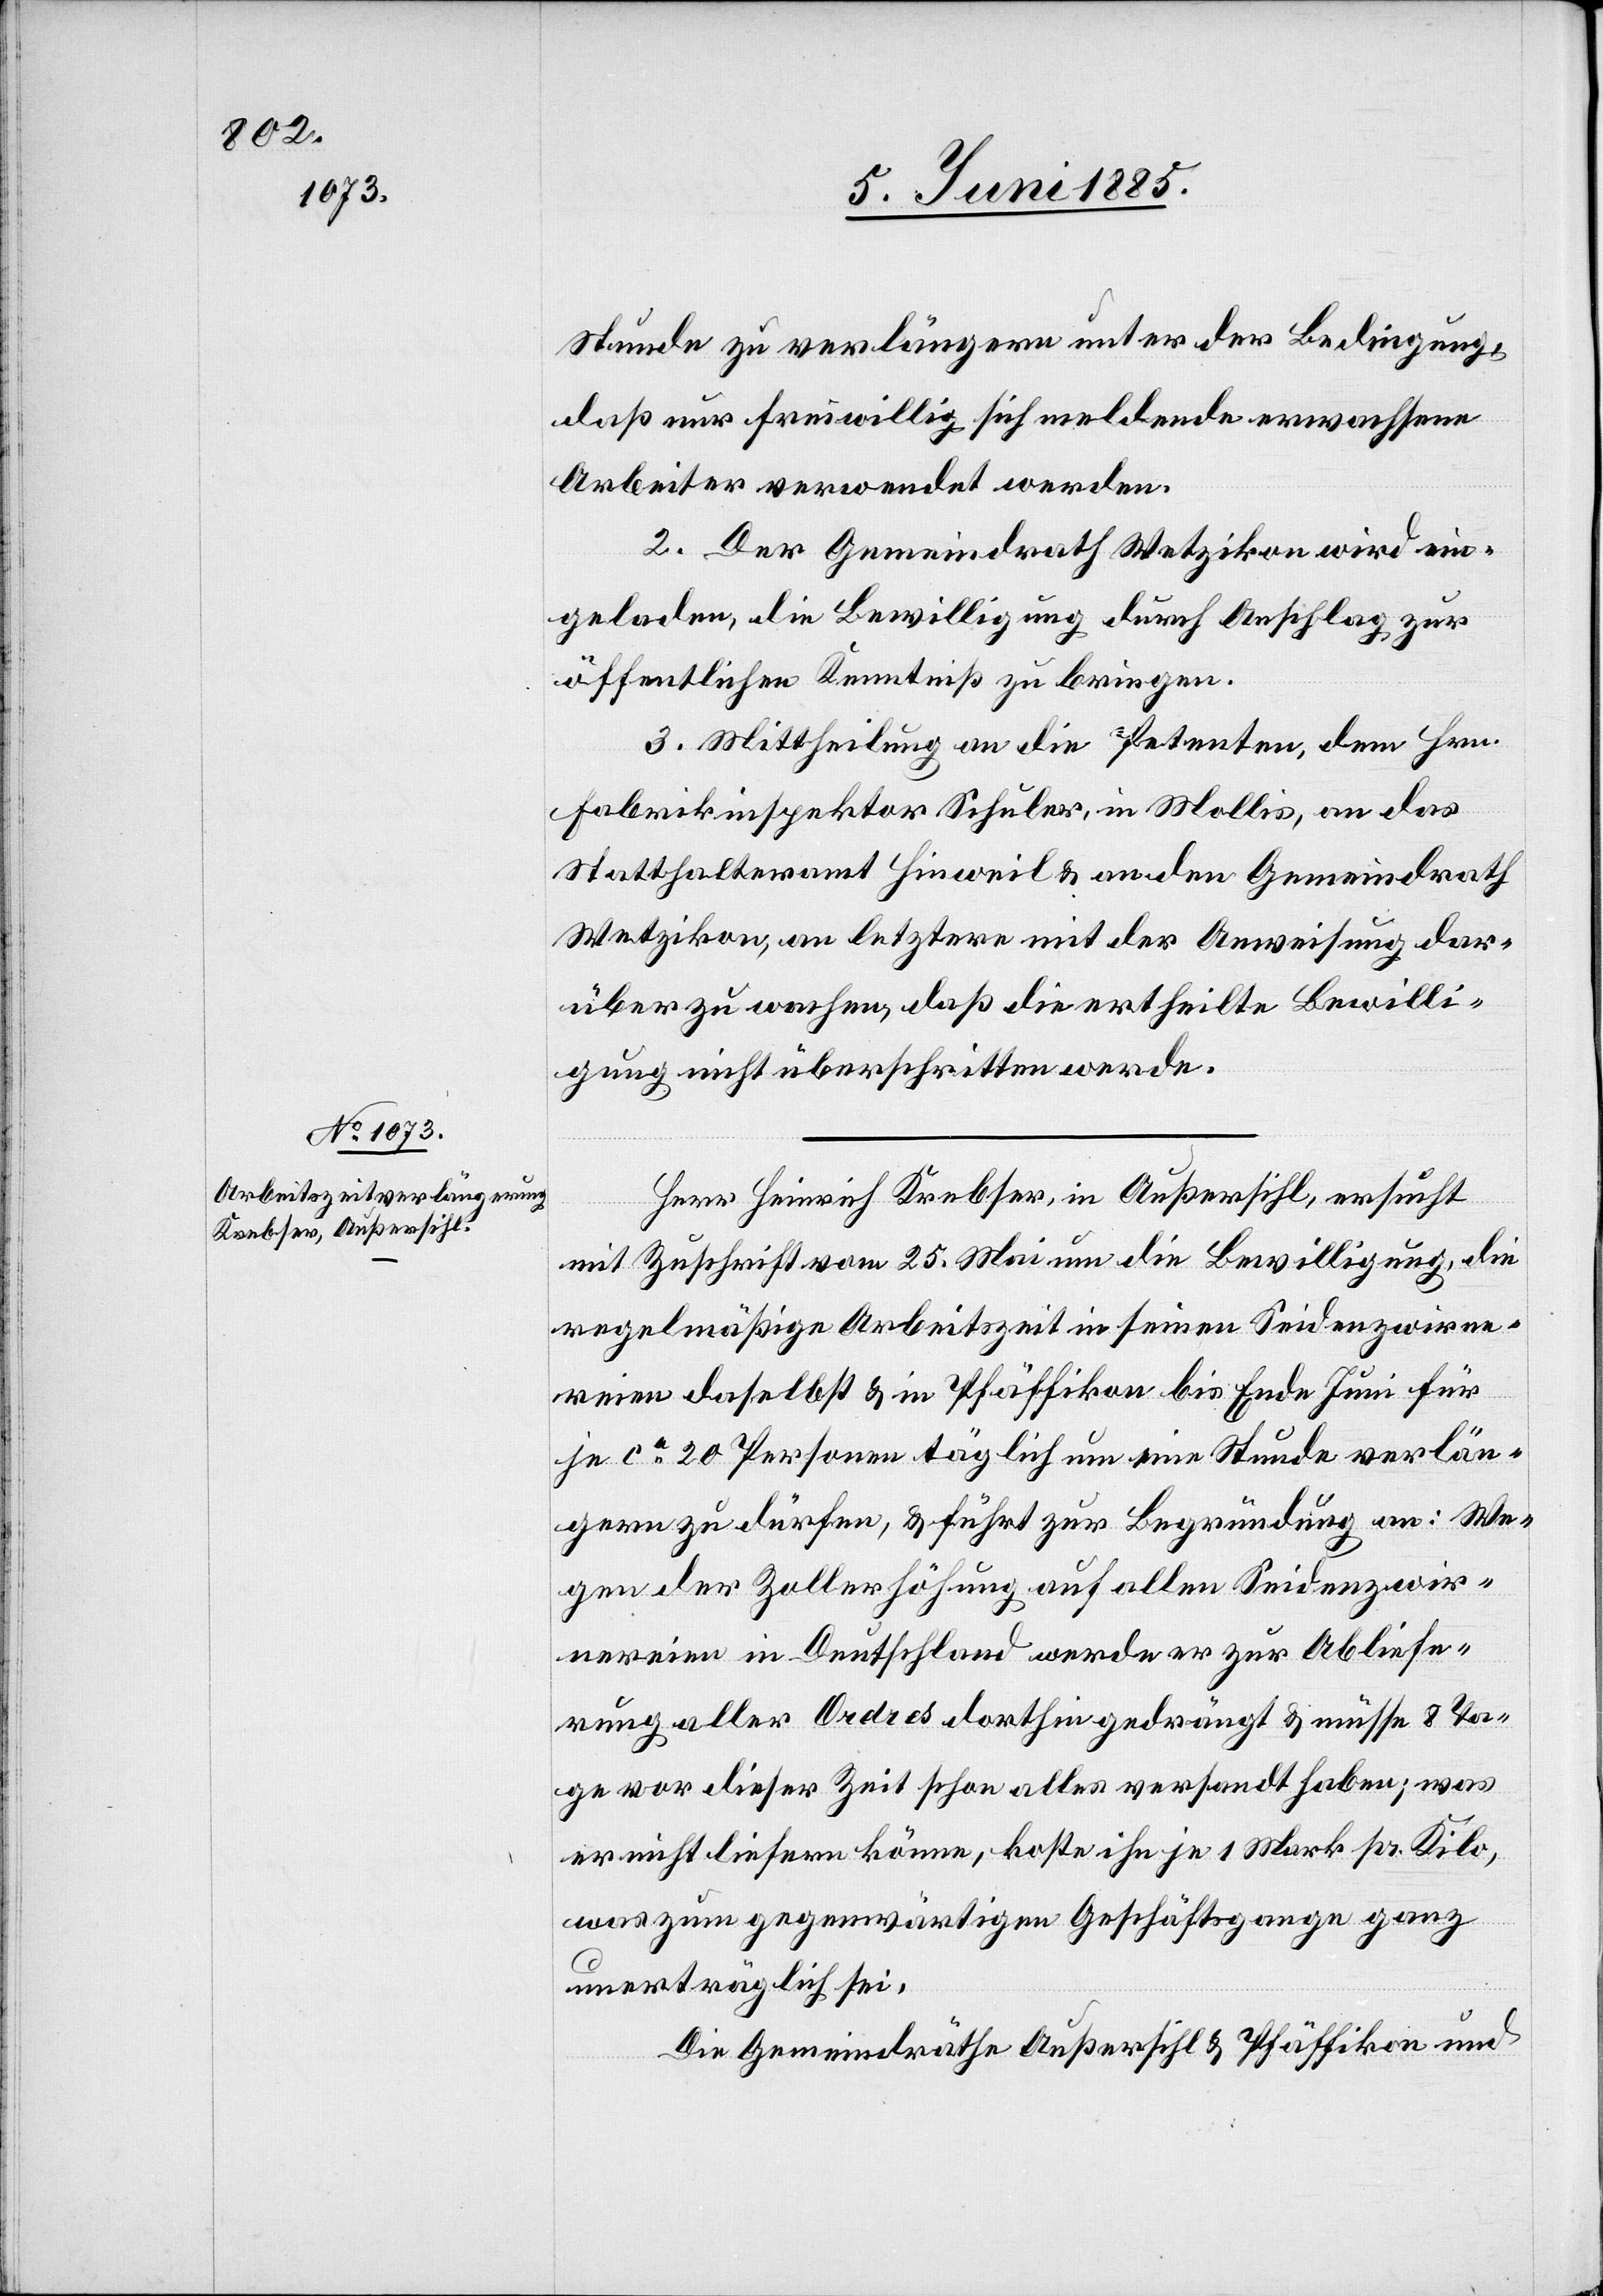
10. Juni 1885.]
Stunde zu verlängern unter der Bedingung,
daß nur freiwillig sich meldende erwachsene
Arbeiter verwendet werden.
2. Der Gemeindrath Wetzikon wird ein¬
geladen, die Bewilligung durch Anschlag zur
öffentlichen Kenntniß zu bringen.
3. Mittheilung an die Petenten, dem Hrn.
Fabrikinspektor Schuler, in Mollis, an das
Statthalteramt Hinweil & an den Gemeindrath
Wetzikon, an letztern mit der Anweisung dar¬
über zu wachen, daß die ertheilte Bewilli¬
gung nicht überschritten werde.
Herr Heinrich Krebser, in Außersihl, ersucht
mit Zuschrift vom 25. Mai um die Bewilligung, die
regelmäßige Arbeitszeit in seinen Seidenzwirne¬
reien daselbst & in Pfäffikon bis Ende Juni für
je ca 20 Personen täglich um eine Stunde verlän¬
gern zu dürfen, & führt zur Begründung an: We¬
gen der Zollerhöhung auf allen Seidenzwir¬
nereien in Deutschland werde er zur Abliefe¬
rung aller Ordres dorthin gedrängt & müsse 8 Ta¬
ge vor dieser Zeit schon alles versandt haben; was
er nicht liefern könne, koste ihn je 1 Mark pr. Kilo,
was zum gegenwärtigen Geschäftsgange ganz
unerträglich sei.
Die Gemeindräthe Außersihl & Pfäffikon und